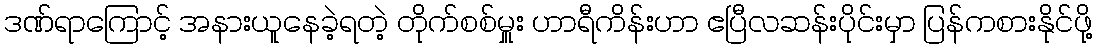
ဒဏ်ရာကြောင့် အနားယူနေခဲ့ရတဲ့ တိုက်စစ်မှူး ဟာရီကိန်းဟာ ဧပြီလဆန်းပိုင်းမှာ ပြန်ကစားနိုင်ဖို့